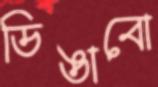
ডিঙাবো